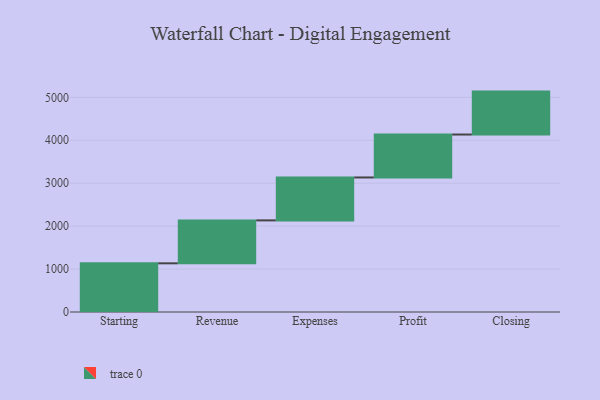
{"axis": {"x": "Step", "y": "Value"}, "legend": [""], "data": [{"x": "Starting", "y": 1134.0, "type": ""}, {"x": "Revenue", "y": 1000, "type": ""}, {"x": "Expenses", "y": 1000, "type": ""}, {"x": "Profit", "y": 1000, "type": ""}, {"x": "Closing", "y": 1000, "type": ""}]}